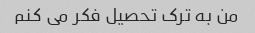
من به ترک تحصیل فکر می کنم